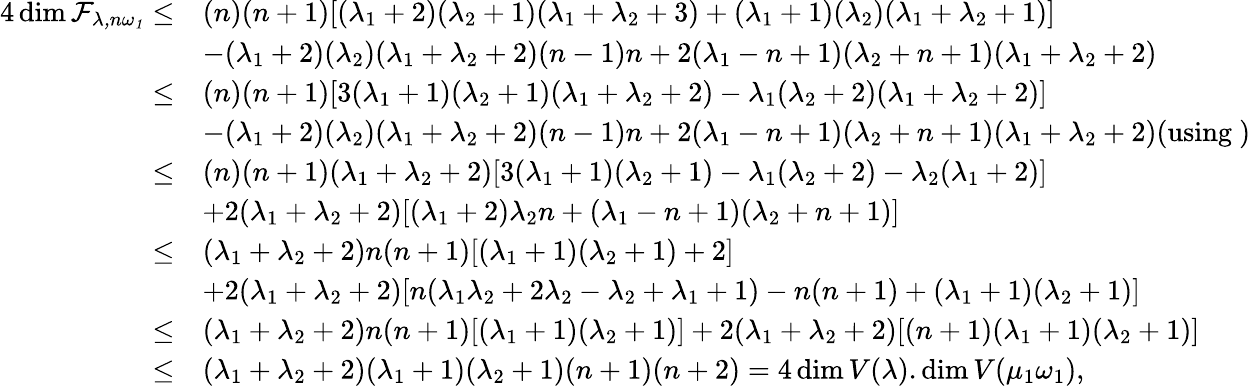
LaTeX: \begin{array}{rl}{4\dim\cal F_{\lambda,n\omega_{1}}\leq}&{(n)(n+1)[(\lambda_{1}+2)(\lambda_{2}+1)(\lambda_{1}+\lambda_{2}+3)+(\lambda_{1}+1)(\lambda_{2})(\lambda_{1}+\lambda_{2}+1)]}\\ &{-(\lambda_{1}+2)(\lambda_{2})(\lambda_{1}+\lambda_{2}+2)(n-1)n+2(\lambda_{1}-n+1)(\lambda_{2}+n+1)(\lambda_{1}+\lambda_{2}+2)}\\ {\leq}&{(n)(n+1)[3(\lambda_{1}+1)(\lambda_{2}+1)(\lambda_{1}+\lambda_{2}+2)-\lambda_{1}(\lambda_{2}+2)(\lambda_{1}+\lambda_{2}+2)]}\\ &{-(\lambda_{1}+2)(\lambda_{2})(\lambda_{1}+\lambda_{2}+2)(n-1)n+2(\lambda_{1}-n+1)(\lambda_{2}+n+1)(\lambda_{1}+\lambda_{2}+2)(\mathrm{using}\ )}\\ {\leq}&{(n)(n+1)(\lambda_{1}+\lambda_{2}+2)[3(\lambda_{1}+1)(\lambda_{2}+1)-\lambda_{1}(\lambda_{2}+2)-\lambda_{2}(\lambda_{1}+2)]}\\ &{+2(\lambda_{1}+\lambda_{2}+2)[(\lambda_{1}+2)\lambda_{2}n+(\lambda_{1}-n+1)(\lambda_{2}+n+1)]}\\ {\leq}&{(\lambda_{1}+\lambda_{2}+2)n(n+1)[(\lambda_{1}+1)(\lambda_{2}+1)+2]}\\ &{+2(\lambda_{1}+\lambda_{2}+2)[n(\lambda_{1}\lambda_{2}+2\lambda_{2}-\lambda_{2}+\lambda_{1}+1)-n(n+1)+(\lambda_{1}+1)(\lambda_{2}+1)]}\\ {\leq}&{(\lambda_{1}+\lambda_{2}+2)n(n+1)[(\lambda_{1}+1)(\lambda_{2}+1)]+2(\lambda_{1}+\lambda_{2}+2)[(n+1)(\lambda_{1}+1)(\lambda_{2}+1)]}\\ {\leq}&{(\lambda_{1}+\lambda_{2}+2)(\lambda_{1}+1)(\lambda_{2}+1)(n+1)(n+2)=4\dim V(\lambda).\dim V(\mu_{1}\omega_{1}),}\end{array}